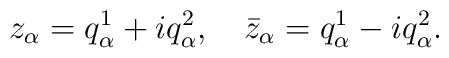
z_\alpha = q^1_\alpha + i q^2_\alpha,\quad \bar z_\alpha = q^1_\alpha - iq^2_\alpha.